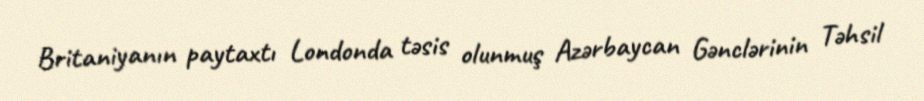
Britaniyanın paytaxtı Londonda təsis olunmuş Azərbaycan Gənclərinin Təhsil